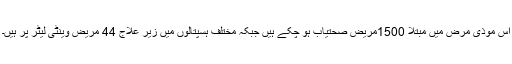
اس موذی مرض میں مبتلا 1500مریض صحتیاب ہو چکے ہیں جبکہ مختلف ہسپتالوں میں زیر علاج 44 مریض وینٹی لیٹر پر ہیں۔